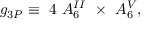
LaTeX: g _ { 3 \cal P } \equiv \ 4 \ A _ { 6 } ^ { I I } \ \times \ A _ { 6 } ^ { V } ,